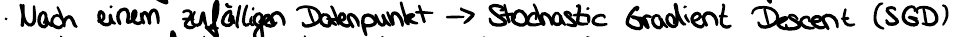
Nach einem zufälligen Datenpunkt -> Stochastic Gradient Descent (SGD)